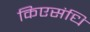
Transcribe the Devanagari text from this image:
किएसंधि